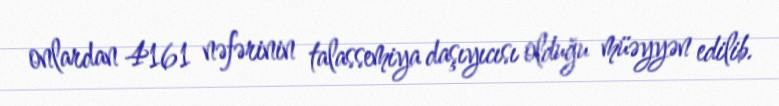
onlardan 4161 nəfərinin talassemiya daşıyıcısı olduğu müəyyən edilib.